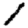
Digit: 1